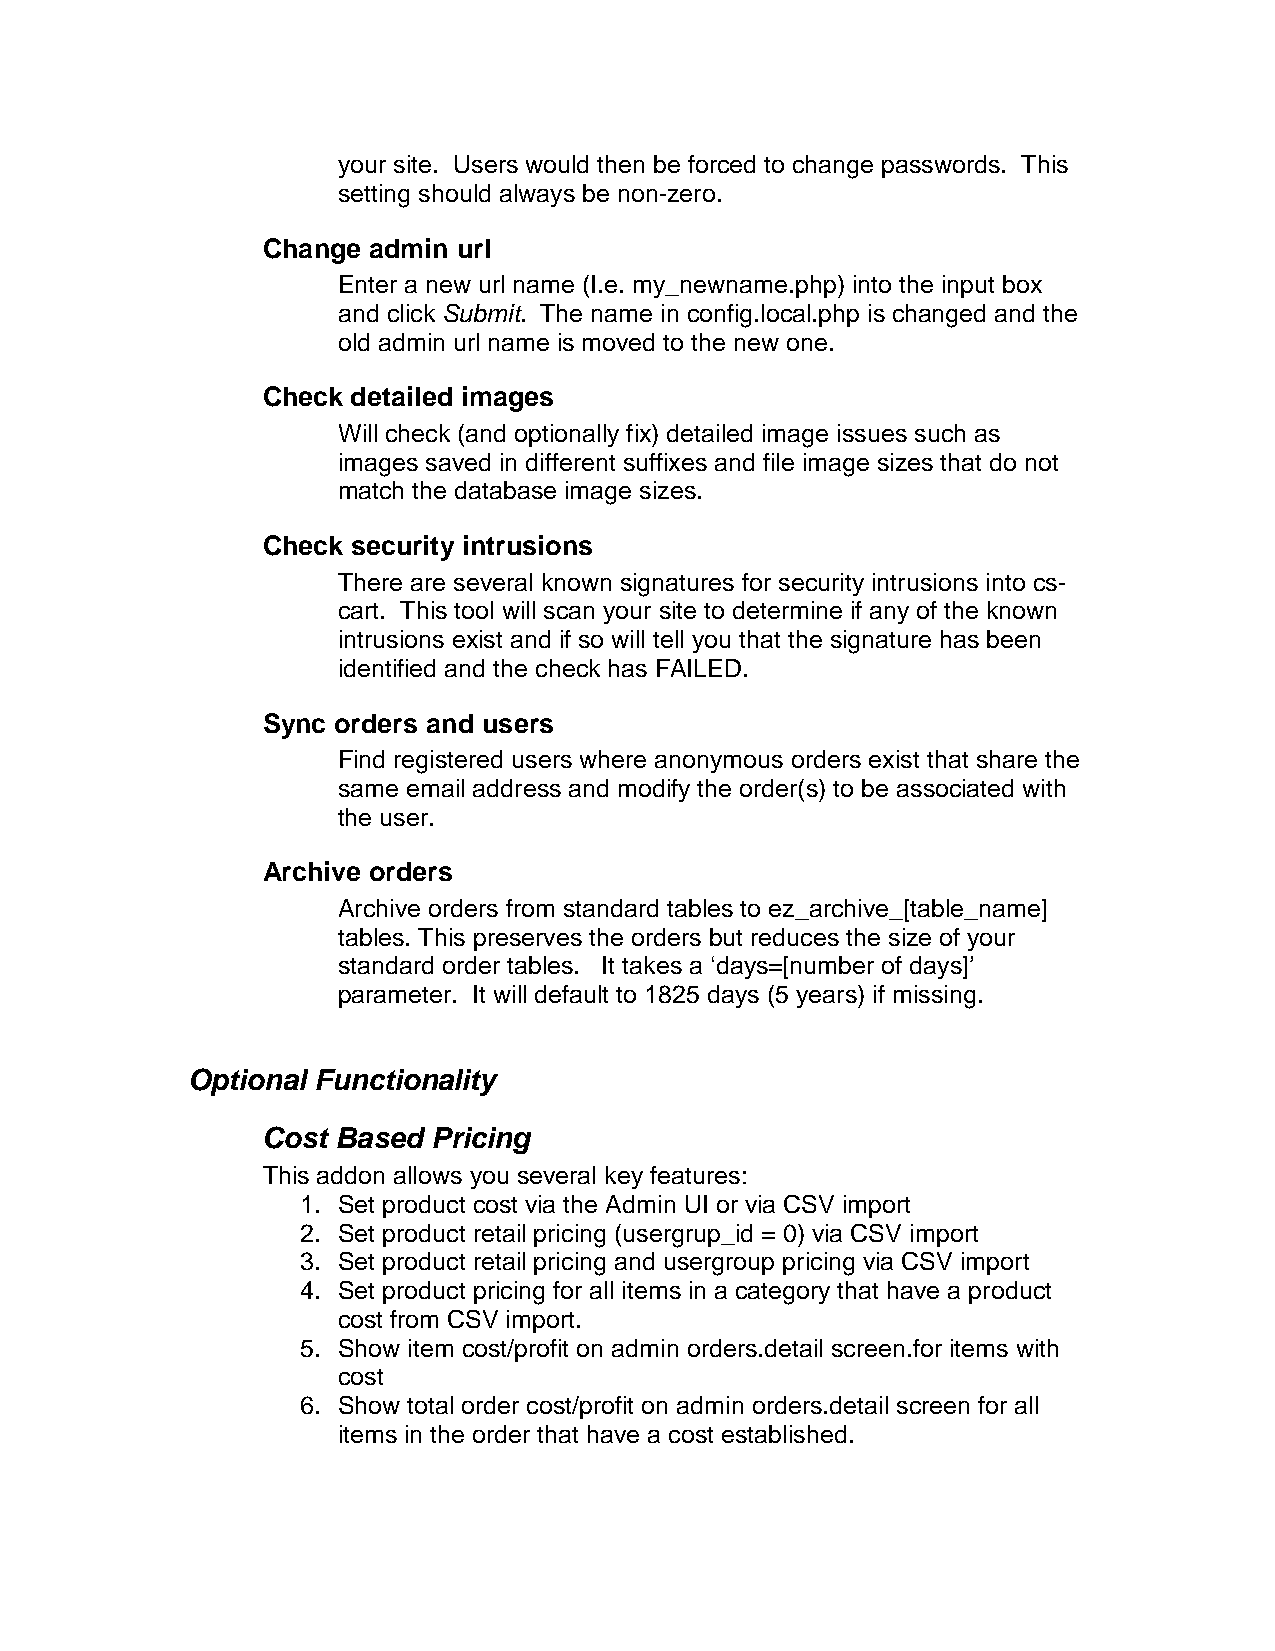
your site. Users would then be forced to change passwords. This
 setting should always be non-zero.
 Change admin url
 Enter a new url name (I.e. my_newname.php) into the input box
 and click Submit. The name in config.local.php is changed and the
 old admin url name is moved to the new one.
 Check detailed images
 Will check (and optionally fix) detailed image issues such as
 images saved in different suffixes and file image sizes that do not
 match the database image sizes.
 Check security intrusions
 There are several known signatures for security intrusions into cs-
 cart. This tool will scan your site to determine if any of the known
 intrusions exist and if so will tell you that the signature has been
 identified and the check has FAILED.
 Sync orders and users
 Find registered users where anonymous orders exist that share the
 same email address and modify the order(s) to be associated with
 the user.
 Archive orders
 Archive orders from standard tables to ez_archive_[table_name]
 tables. This preserves the orders but reduces the size of your
 standard order tables. It takes a ‘days=[number of days]’
 parameter. It will default to 1825 days (5 years) if missing.
 Optional Functionality
 Cost Based  Pricing
 This addon allows you several key features:
 1. Set product cost via the Admin UI or via CSV import
 2. Set product retail pricing (usergrup_id = 0) via CSV import
 3. Set product retail pricing and usergroup pricing via CSV import
 4. Set product pricing for all items in a category that have a product
 cost from CSV import.
 5. Show item cost/profit on admin orders.detail screen.for items with
 cost
 6. Show total order cost/profit on admin orders.detail screen for all
 items in the order that have a cost established.